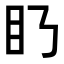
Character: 𥃥